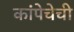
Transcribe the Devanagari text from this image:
कांपेचेची